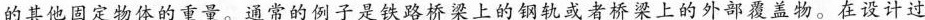
的其他固定物体的重量。通常的例子是铁路桥梁上的钢轨或者桥梁上的外部覆盖物。在设计过